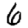
Digit: 6